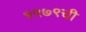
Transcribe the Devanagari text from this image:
१९७९ची